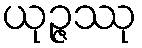
ယုဉ္ဇဿု